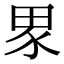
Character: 𭻊